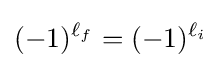
(-1)^{\ell _{f}}=(-1)^{\ell _{i}}